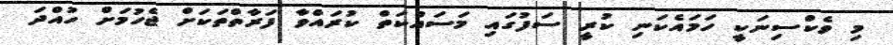
މި ވެކްސިނަކީ ހަމައެކަނި ކުރީ ސަފުގައި މަސައްކަތް ކުރައްވާ ފަރާތްތަކަށް ޖެހުމަށް ހުއްދަ